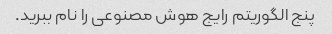
پنج الگوریتم رایج هوش مصنوعی را نام ببرید.